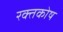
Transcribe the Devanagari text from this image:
रक्तकोष